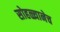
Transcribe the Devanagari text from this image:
सोहळ्यानेच